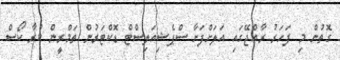
ގޮތުން މި ފަހަރު ރާއްޖޭގައި އަލަށްފަށާ ސްޕެޝިއަލިސްޓް ޑޮކްޓަރުން ތަމްރީން ކުރާ ކޯސް